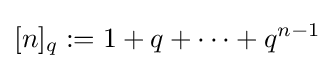
[n]_{q}:=1+q+\cdots +q^{n-1}